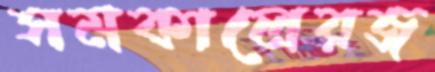
সমকালেরজ